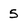
Character: 5